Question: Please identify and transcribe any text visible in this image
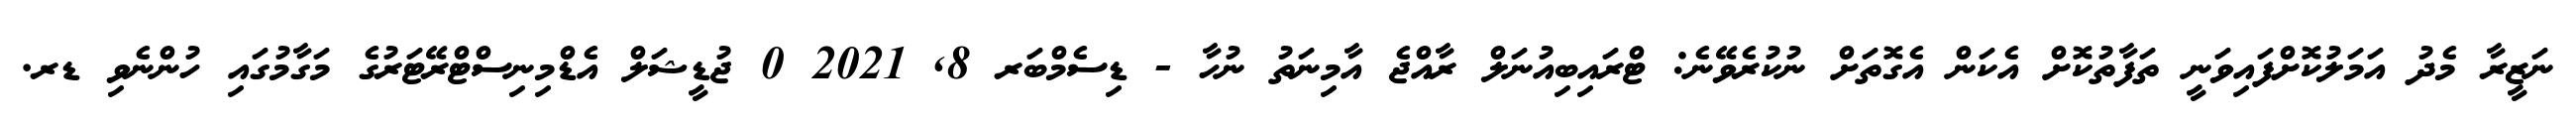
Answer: ނަޒީރާ މެދު އަމަލުކޮށްފައިވަނީ ތަފާތުކޮށް އެކަން އެގޮތަށް ނުކުރެވޭނެ: ޓްރައިބިއުނަލް ރާއްޖެ އާމިނަތު ނުހާ - ޑިސެމްބަރ 8, 2021 0 ޖުޑީޝަލް އެޑްމިނިސްޓްރޭޓަރުގެ މަގާމުގައި ހުންނެވި ޑރ.